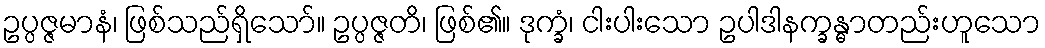
ဥပ္ပဇ္ဇမာနံ၊ ဖြစ်သည်ရှိသော်။ ဥပ္ပဇ္ဇတိ၊ ဖြစ်၏။ ဒုက္ခံ၊ ငါးပါးသော ဥပါဒါနက္ခန္ဓာတည်းဟူသော